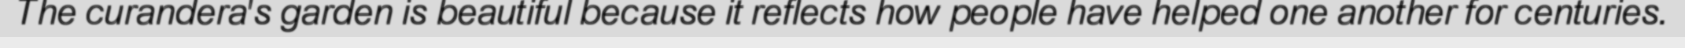
The curandera's garden is beautiful because it reflects how people have helped one another for centuries.